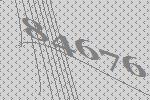
84676